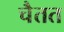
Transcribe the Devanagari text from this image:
चैतत